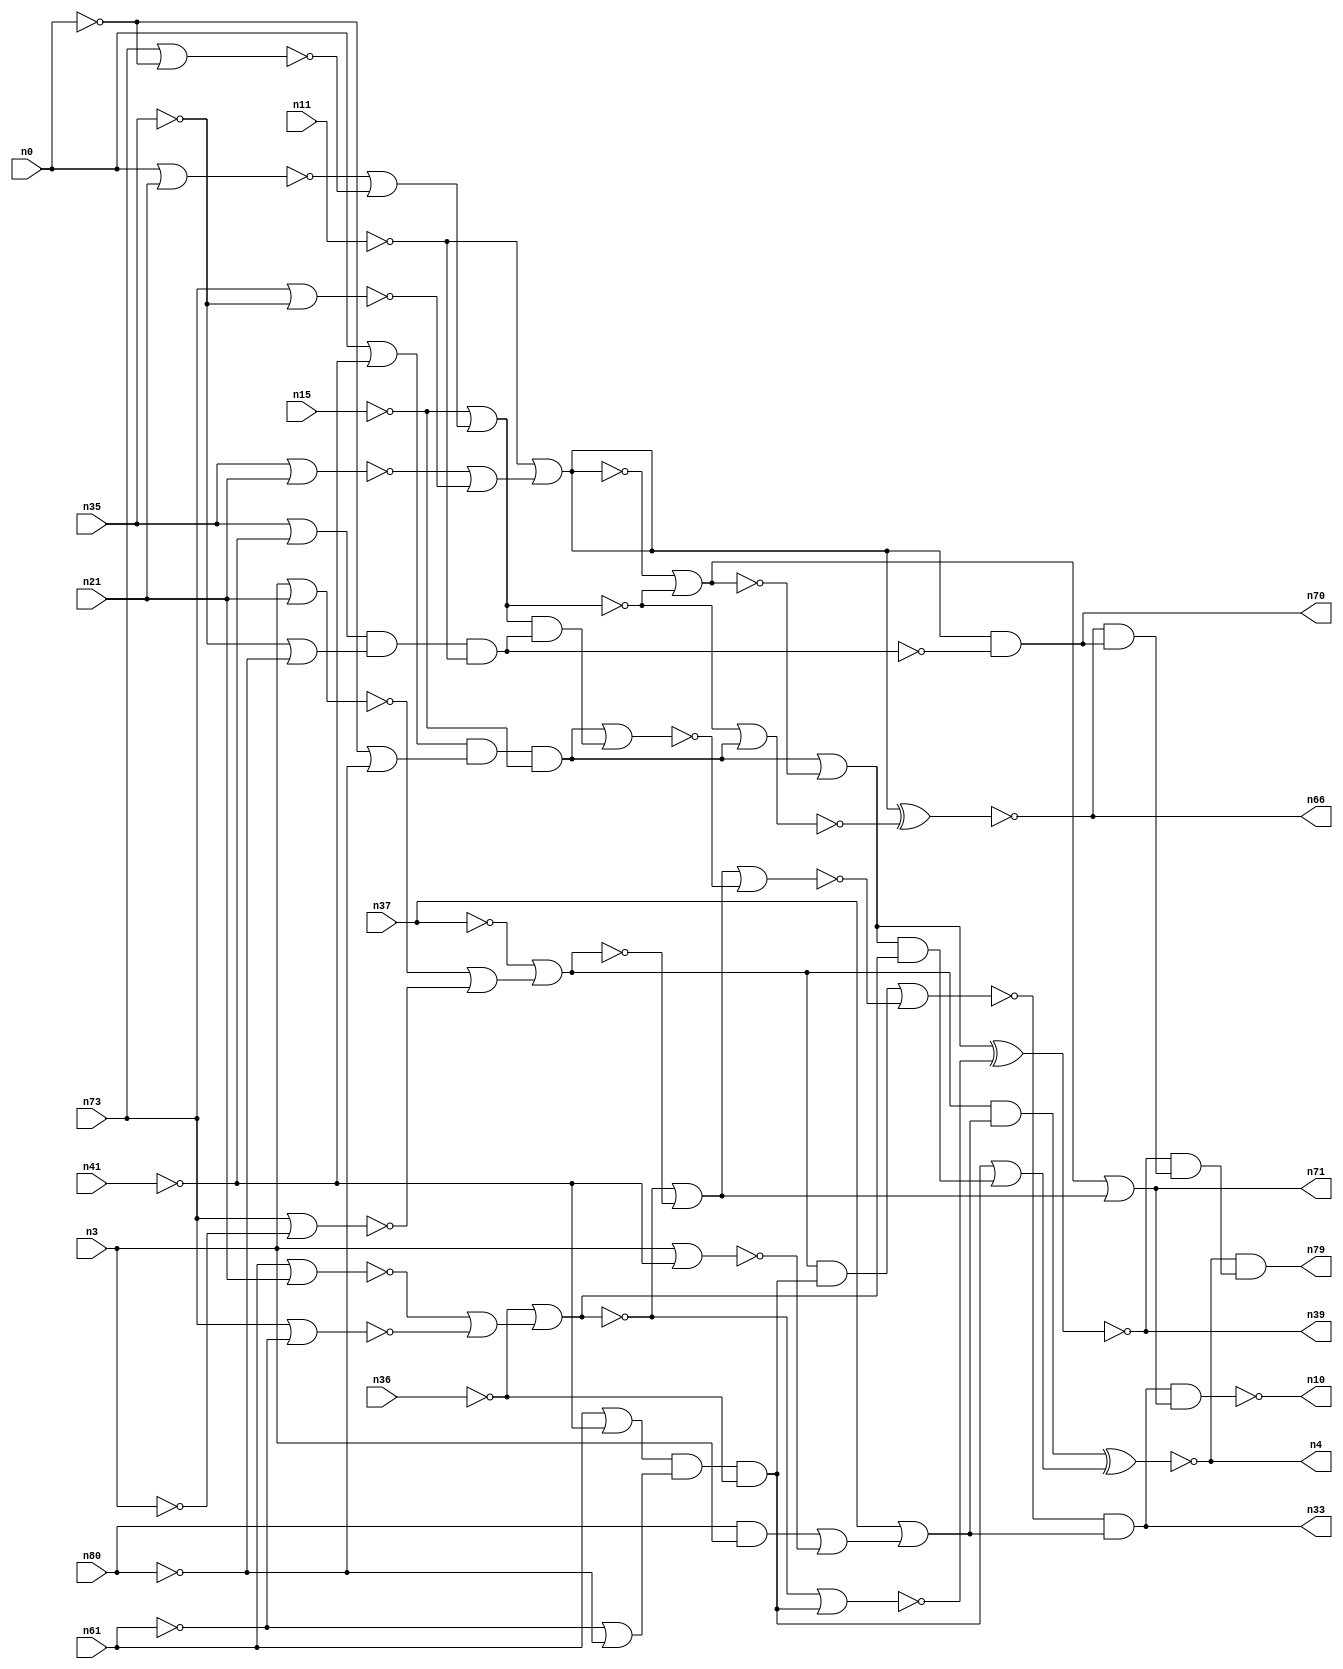
module top( n0 , n3 , n4 , n10 , n11 , n15 , n21 , n33 , n35 , 
n36 , n37 , n39 , n41 , n61 , n66 , n70 , n71 , n73 , n79 , 
n80 );
    input n0 , n3 , n11 , n15 , n21 , n35 , n36 , n37 , n41 , 
n61 , n73 , n80 ;
    output n4 , n10 , n33 , n39 , n66 , n70 , n71 , n79 ;
    wire n1 , n2 , n5 , n6 , n7 , n8 , n9 , n12 , n13 , 
n14 , n16 , n17 , n18 , n19 , n20 , n22 , n23 , n24 , n25 , 
n26 , n27 , n28 , n29 , n30 , n31 , n32 , n34 , n38 , n40 , 
n42 , n43 , n44 , n45 , n46 , n47 , n48 , n49 , n50 , n51 , 
n52 , n53 , n54 , n55 , n56 , n57 , n58 , n59 , n60 , n62 , 
n63 , n64 , n65 , n67 , n68 , n69 , n72 , n74 , n75 , n76 , 
n77 , n78 , n81 , n82 , n83 ;
    not g0 ( n72 , n74 );
    nor g1 ( n76 , n3 , n21 );
    nor g2 ( n53 , n73 , n34 );
    and g3 ( n58 , n31 , n19 );
    not g4 ( n19 , n36 );
    and g5 ( n67 , n18 , n43 );
    or g6 ( n59 , n69 , n50 );
    xnor g7 ( n66 , n77 , n20 );
    or g8 ( n32 , n13 , n28 );
    and g9 ( n60 , n66 , n70 );
    nand g10 ( n10 , n33 , n71 );
    not g11 ( n47 , n15 );
    or g12 ( n29 , n65 , n24 );
    not g13 ( n48 , n80 );
    or g14 ( n16 , n46 , n42 );
    or g15 ( n44 , n72 , n55 );
    or g16 ( n22 , n68 , n53 );
    nor g17 ( n64 , n0 , n21 );
    or g18 ( n43 , n78 , n48 );
    and g19 ( n9 , n39 , n60 );
    and g20 ( n79 , n4 , n9 );
    and g21 ( n17 , n59 , n58 );
    or g22 ( n81 , n64 , n63 );
    nor g23 ( n52 , n44 , n5 );
    nor g24 ( n40 , n72 , n58 );
    not g25 ( n83 , n11 );
    and g26 ( n46 , n67 , n47 );
    not g27 ( n6 , n3 );
    not g28 ( n69 , n37 );
    not g29 ( n8 , n41 );
    nor g30 ( n68 , n61 , n21 );
    not g31 ( n55 , n59 );
    or g32 ( n74 , n19 , n22 );
    xnor g33 ( n39 , n16 , n40 );
    and g34 ( n49 , n59 , n75 );
    nor g35 ( n25 , n17 , n52 );
    or g36 ( n56 , n58 , n51 );
    or g37 ( n26 , n34 , n48 );
    not g38 ( n13 , n77 );
    not g39 ( n57 , n41 );
    or g40 ( n77 , n83 , n29 );
    not g41 ( n34 , n61 );
    nor g42 ( n5 , n46 , n82 );
    nor g43 ( n65 , n35 , n21 );
    nor g44 ( n24 , n73 , n45 );
    nor g45 ( n20 , n28 , n46 );
    and g46 ( n31 , n7 , n26 );
    and g47 ( n70 , n77 , n12 );
    and g48 ( n1 , n14 , n27 );
    or g49 ( n38 , n62 , n54 );
    or g50 ( n75 , n37 , n38 );
    and g51 ( n82 , n23 , n2 );
    nor g52 ( n63 , n73 , n78 );
    nor g53 ( n54 , n3 , n57 );
    not g54 ( n78 , n0 );
    or g55 ( n7 , n61 , n57 );
    nor g56 ( n30 , n73 , n6 );
    xnor g57 ( n4 , n49 , n56 );
    or g58 ( n27 , n45 , n48 );
    not g59 ( n28 , n23 );
    or g60 ( n23 , n47 , n81 );
    or g61 ( n50 , n76 , n30 );
    or g62 ( n14 , n35 , n8 );
    and g63 ( n51 , n16 , n74 );
    and g64 ( n2 , n1 , n83 );
    not g65 ( n45 , n35 );
    and g66 ( n33 , n25 , n75 );
    not g67 ( n42 , n32 );
    not g68 ( n12 , n2 );
    or g69 ( n71 , n32 , n44 );
    and g70 ( n62 , n80 , n3 );
    or g71 ( n18 , n0 , n8 );
endmodule